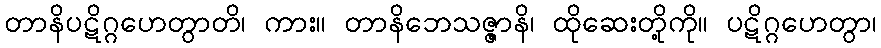
တာနိပဋိဂ္ဂဟေတွာတိ၊ ကား။ တာနိဘေသဇ္ဇာနိ၊ ထိုဆေးတို့ကို။ ပဋိဂ္ဂဟေတွာ၊